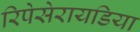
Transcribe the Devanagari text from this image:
रिपेसेरायडिया